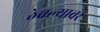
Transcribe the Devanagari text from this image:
ठेचल्यावर